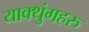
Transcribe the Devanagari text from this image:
याक्थुंगहरु